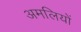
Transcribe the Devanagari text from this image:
अमलियों